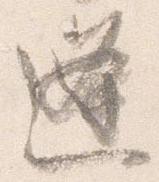
逢